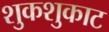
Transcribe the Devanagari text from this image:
शुकशुकाट